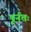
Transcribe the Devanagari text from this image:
पूर्नतः